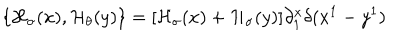
\{ { \cal H } _ { \sigma } ( x ) , { \cal H } _ { \theta } ( y ) \} = [ { \cal H } _ { \sigma } ( x ) + { \cal H } _ { \sigma } ( y ) ] \partial _ { 1 } ^ { x } \delta ( x ^ { 1 } - y ^ { 1 } )